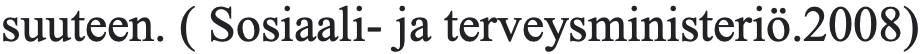
suuteen. ( Sosiaali- ja terveysministeriö.2008)